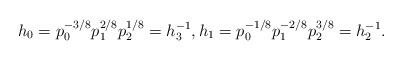
LaTeX: \begin{align*}h_0=p_0^{-3/8}p_1^{2/8}p_2^{1/8}=h_3^{-1},h_1=p_0^{-1/8}p_1^{-2/8}p_2^{3/8}=h_2^{-1}.\end{align*}